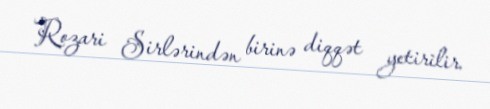
Rozari Sirlərindən birinə diqqət yetirilir.